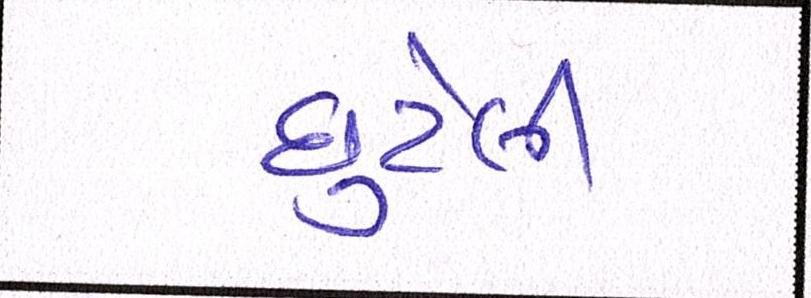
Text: છુટેલી